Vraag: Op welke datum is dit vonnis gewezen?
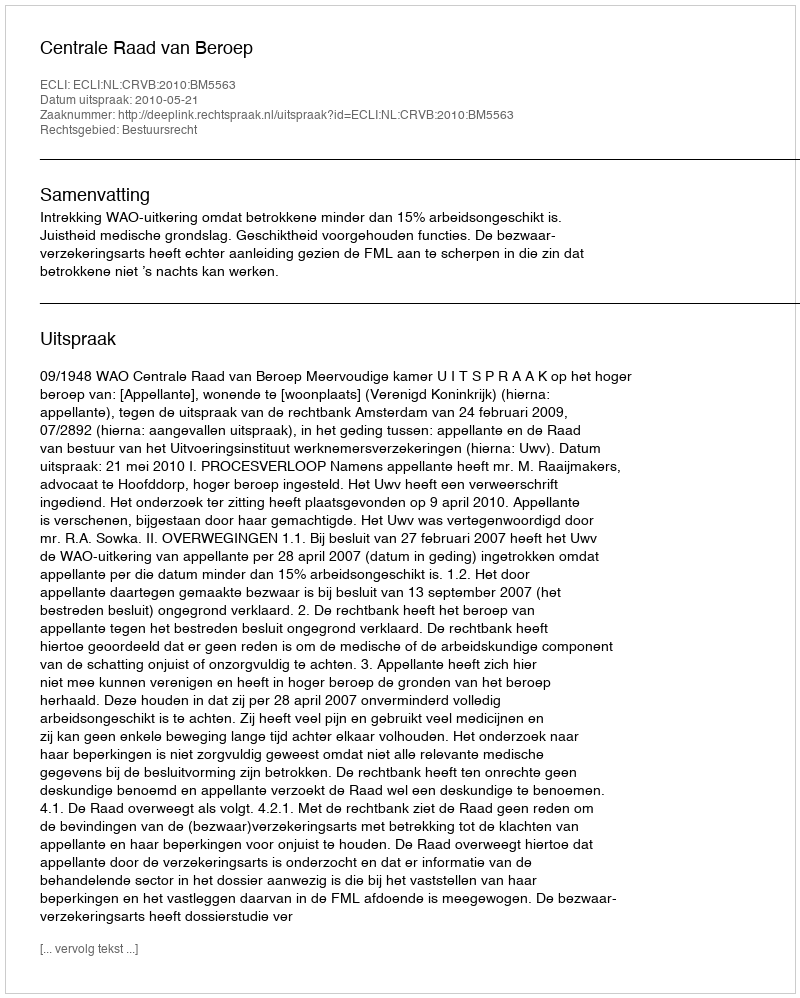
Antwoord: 2010-05-21